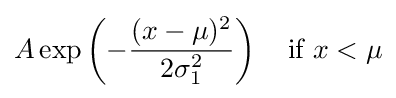
A\exp \left(-{\frac {(x-\mu )^{2}}{2\sigma _{1}^{2}}}\right)\quad {\text{if }}x<\mu